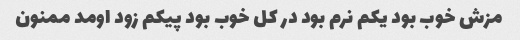
مزش خوب بود یکم نرم بود در کل خوب بود پیکم زود اومد ممنون